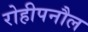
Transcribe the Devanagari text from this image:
रोहीपनौल